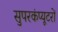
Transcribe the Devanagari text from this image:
सुपरकंप्यूटरों